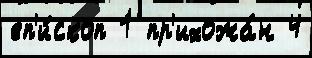
еп'и́скоп 1 пр'ихожа́н 4